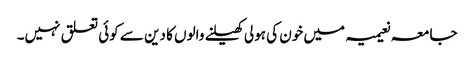
جامعہ نعیمیہ میں خون کی ہولی کھیلنے والوں کا دین سے کوئی تعلق نہیں۔